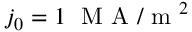
j _ { 0 } = 1 \; \mathrm { ~ M ~ A ~ } / \mathrm { ~ m ~ } ^ { 2 }